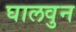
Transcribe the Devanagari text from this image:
घालवुन